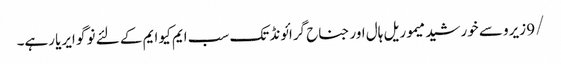
/9 زیرو سے خورشید میموریل ہال اور جناح گرائونڈ تک سب ایم کیو ایم کے لئے نو گو ایریا رہے۔